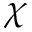
\chi